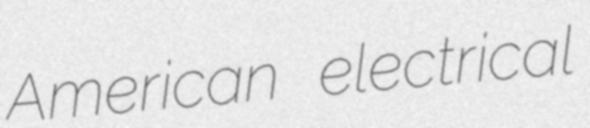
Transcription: American electrical